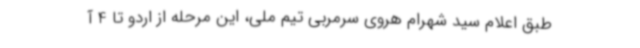
طبق اعلام سید شهرام هروی سرمربی تیم ملی، این مرحله از اردو تا 4 آ